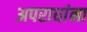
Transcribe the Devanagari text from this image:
अपराधांना